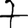
Digit: 7